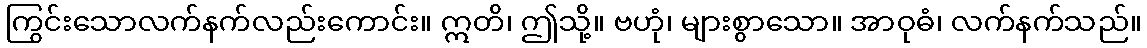
ကြွင်းသောလက်နက်လည်းကောင်း။ ဣတိ၊ ဤသို့။ ဗဟုံ၊ များစွာသော။ အာဝုဓံ၊ လက်နက်သည်။